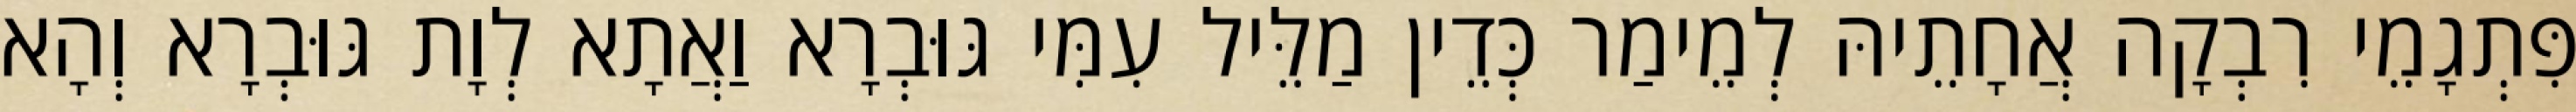
פִּתְגָמֵי רִבְקָה אֲחָתֵיהּ לְמֵימַר כְּדֵין מַלֵּיל עִמִּי גּוּבְרָא וַאֲתָא לְוָת גּוּבְרָא וְהָא